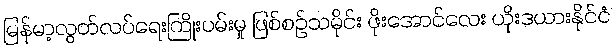
မြန်မာ့လွတ်လပ်ရေးကြိုးပမ်းမှု ဖြစ်စဉ်သမိုင်း ဖိုးအောင်လေး ယိုးဒယားနိုင်ငံ